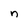
Character: n